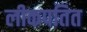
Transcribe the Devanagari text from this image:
लीकपतित